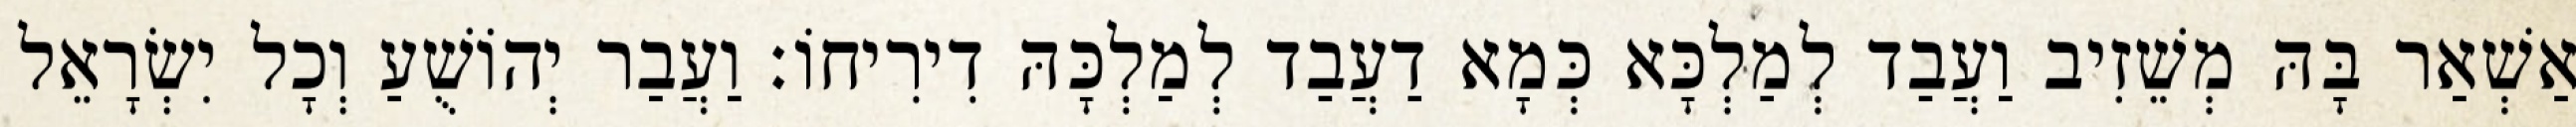
אַשְׁאַר בָּהּ מְשֵׁזִיב וַעֲבַד לְמַלְכָּא כְּמָא דַעֲבַד לְמַלְכָּהּ דִירִיחוֹ׃ וַעֲבַר יְהוֹשֻׁעַ וְכָל יִשְׂרָאֵל